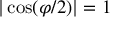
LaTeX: | \cos ( \varphi / 2 ) | = 1